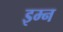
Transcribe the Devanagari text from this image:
इम्न